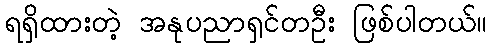
ရရှိထားတဲ့ အနုပညာရှင်တဦး ဖြစ်ပါတယ်။